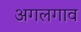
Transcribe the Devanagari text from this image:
अगलगाव